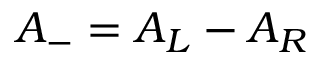
A _ { - } = A _ { L } - A _ { R }